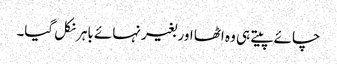
چائے پیتے ہی وہ اٹھا اور بغیر نہائے باہر نکل گیا۔